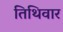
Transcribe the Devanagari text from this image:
तिथिवार